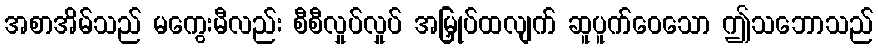
အစာအိမ်သည် မကွေးမီလည်း စီစီလှုပ်လှုပ် အမြှုပ်ထလျက် ဆူပူက်ဝေသော ဤသဘောသည်